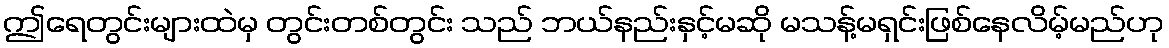
ဤရေတွင်းများထဲမှ တွင်းတစ်တွင်း သည် ဘယ်နည်းနှင့်မဆို မသန့်မရှင်းဖြစ်နေလိမ့်မည်ဟု